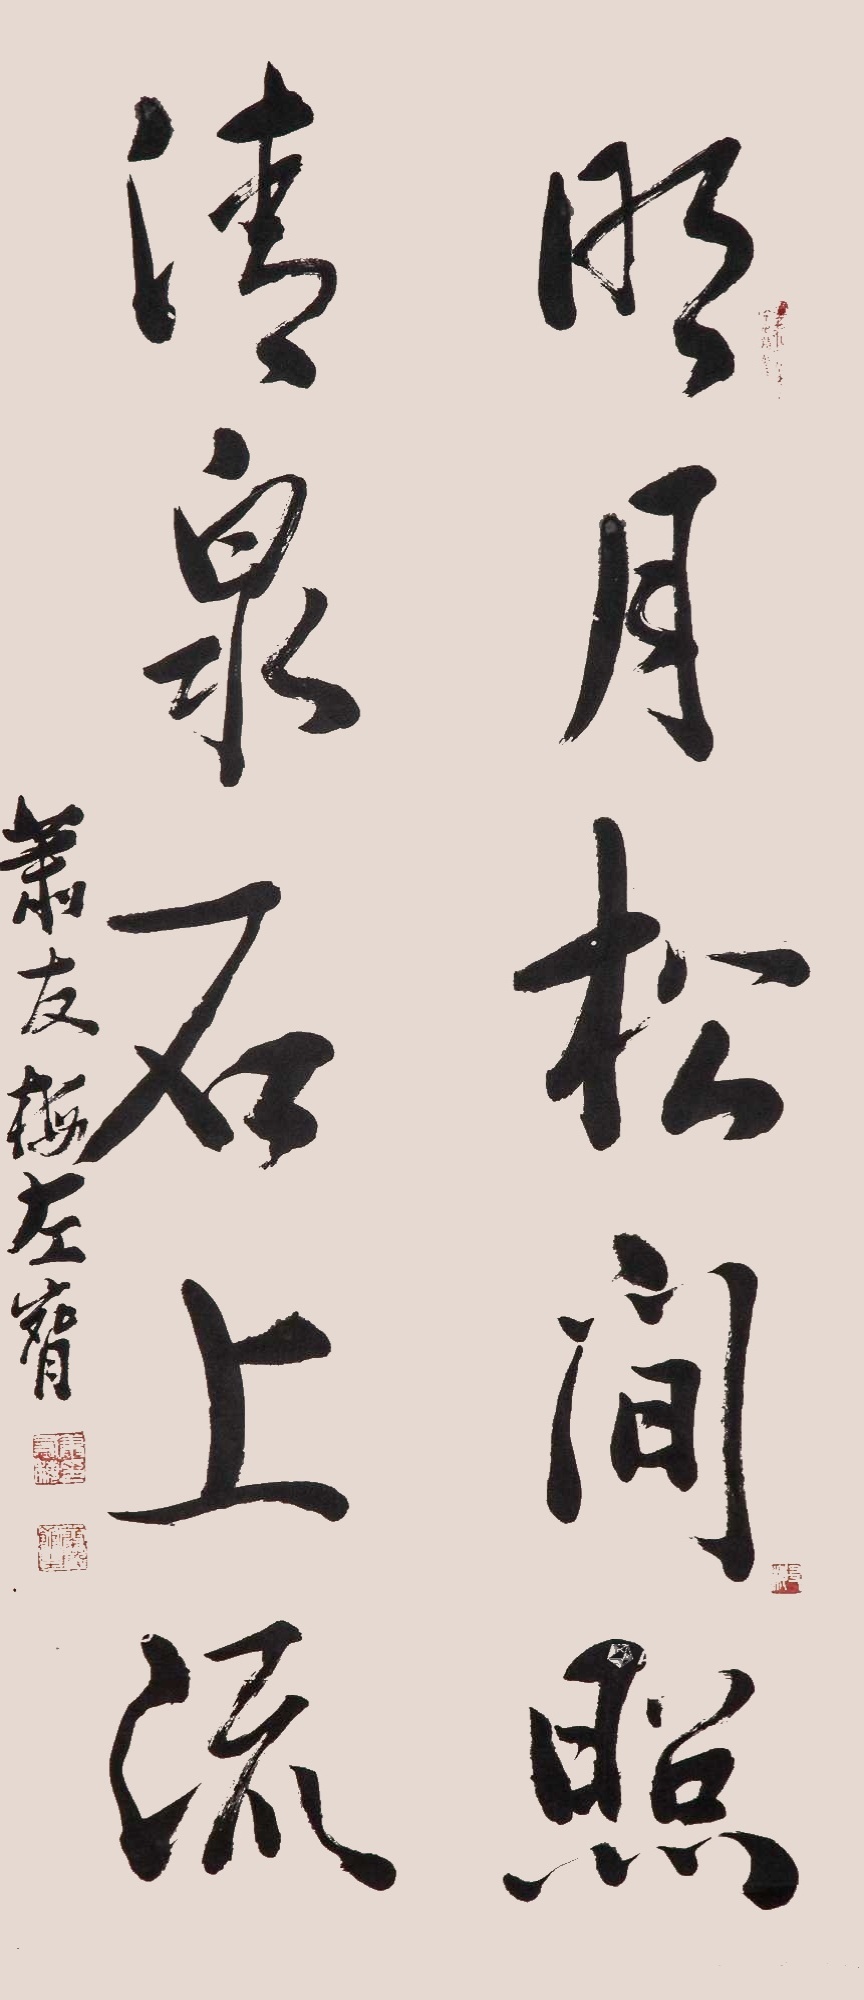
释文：明月松间照，清泉石上流。萧友梅左腕。